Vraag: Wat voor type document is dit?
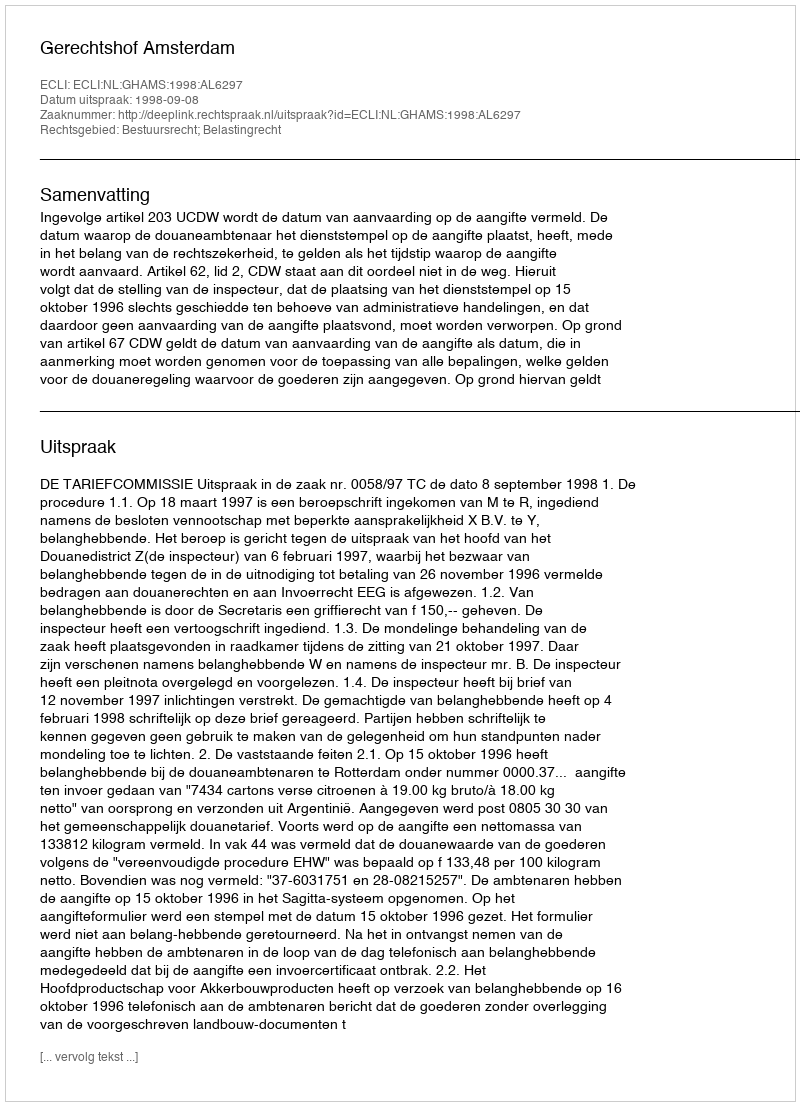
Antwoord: Uitspraak